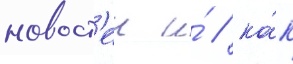
новост'еи и́ / ка́к